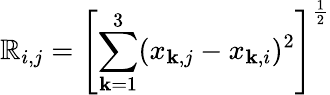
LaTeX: \mathbb{R}_{i,j}=\left[\sum_{\mathbf{k}=1}^{3}(x_{\mathbf{k},j}-x_{\mathbf{k},i})^{2}\right]^{\frac{{1}}{{2}}}